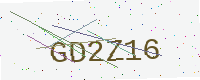
Text: GD2Z16